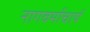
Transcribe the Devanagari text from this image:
नागवर्माचार्य